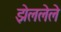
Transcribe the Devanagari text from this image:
झेललेले